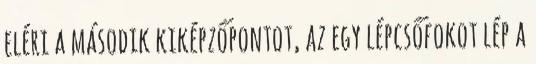
eléri a második kiképzőpontot, az egy lépcsőfokot lép a